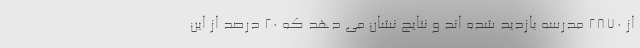
از ۲۸۷۰ مدرسه بازدید شده اند و نتایج نشان می دهد که ۲۰ درصد از این